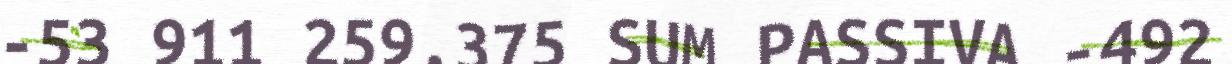
-53 911 259.375 SUM PASSIVA -492